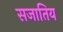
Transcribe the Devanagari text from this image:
सजातिय